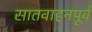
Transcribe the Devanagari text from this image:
सातवाहनपूर्व